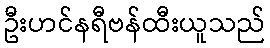
ဦးဟင်နရီဗန်ထီးယူသည်